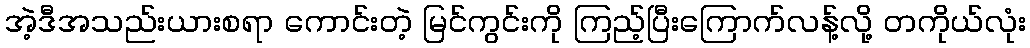
အဲ့ဒီအသည်းယားစရာ ကောင်းတဲ့ မြင်ကွင်းကို ကြည့်ပြီးကြောက်လန့်လို့ တကိုယ်လုံး